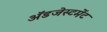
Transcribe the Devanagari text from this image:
ॲडजेस्टमेंट